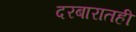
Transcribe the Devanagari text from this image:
दरबारातही